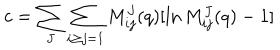
LaTeX: c = \sum _ { J } \sum _ { i \geq j = 1 } M _ { i j } ^ { J } ( q ) [ \ln M _ { i j } ^ { J } ( q ) - 1 ]